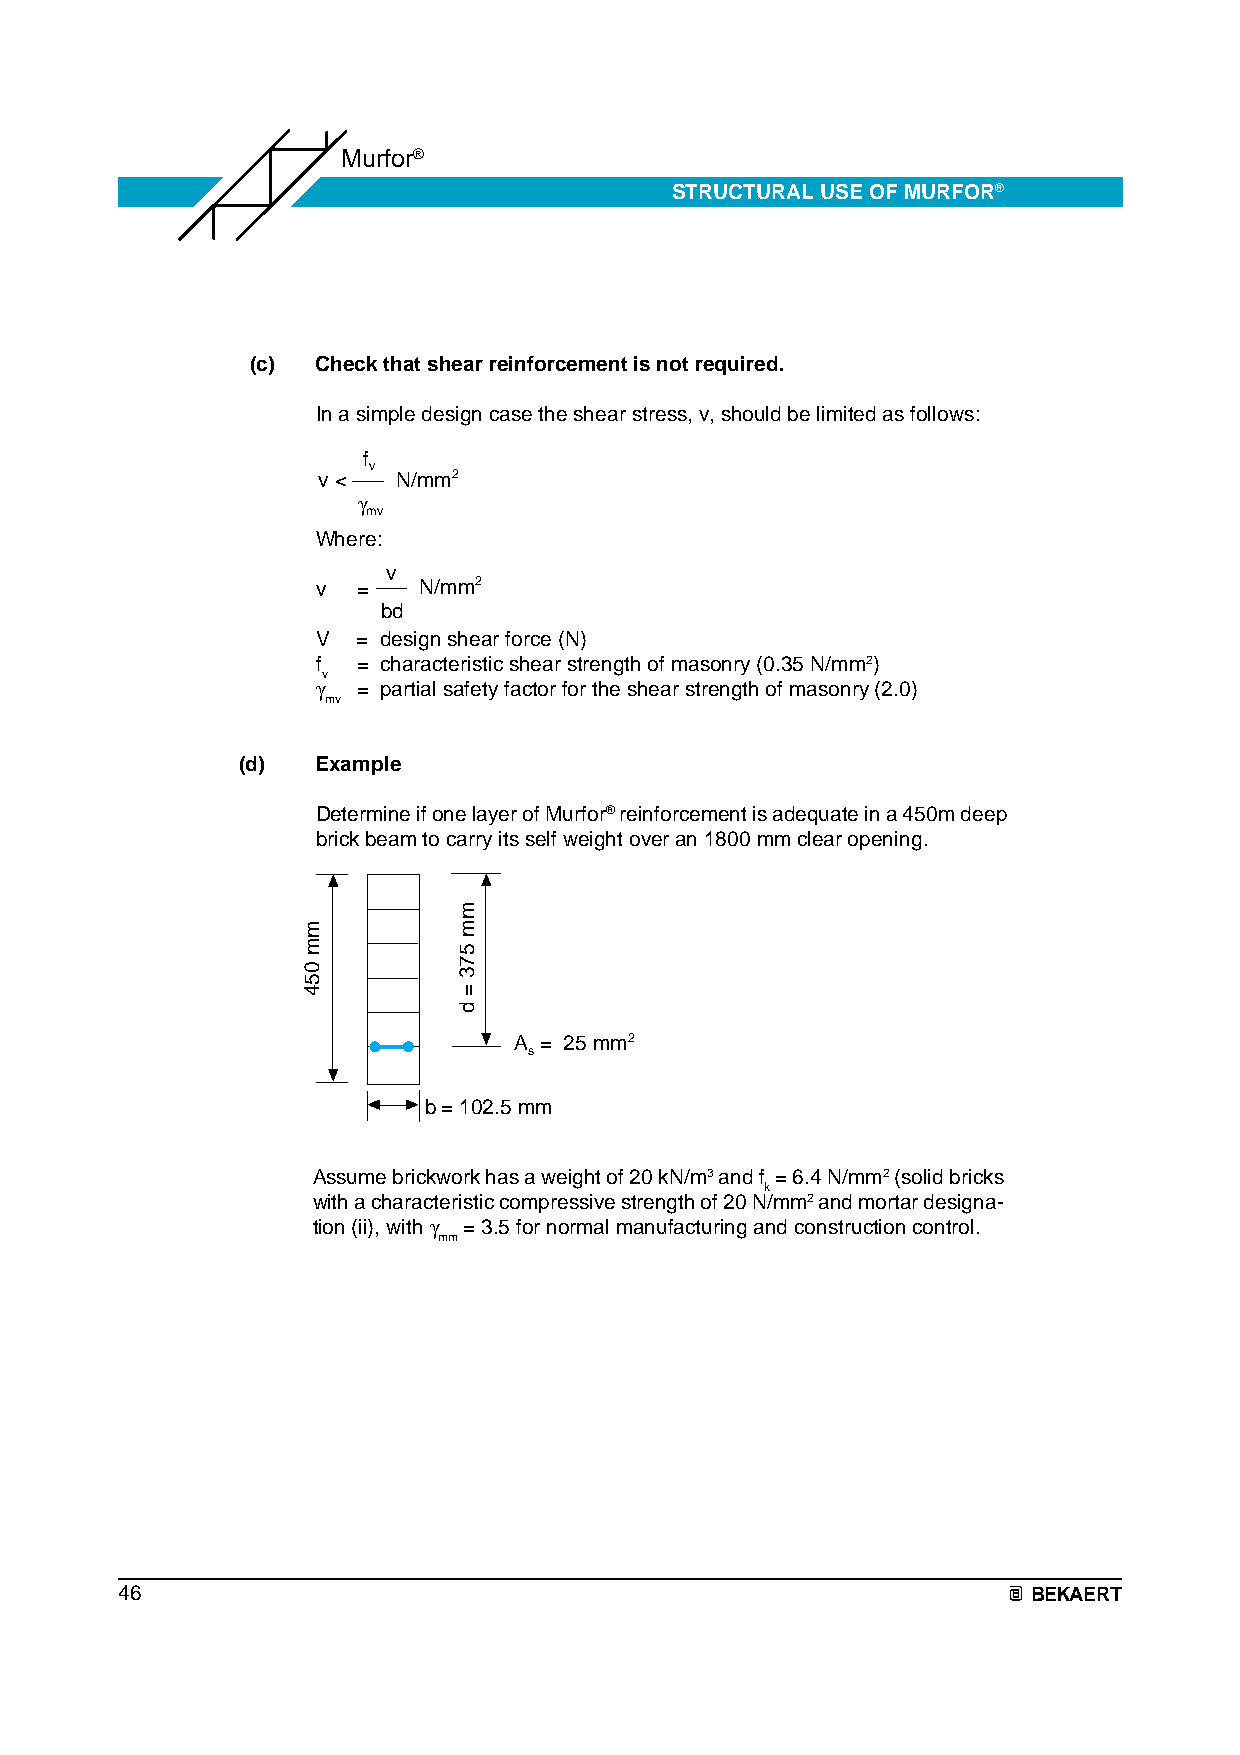
Murfor®
 STRUCTURAL USE OF MURFOR®
 (c) Check that shear reinforcement is not required.
 In a simple design case the shear stress, v, should be limited as follows:
 f
 v
 v <  N/mm2
 γ
 mv
 Where:
 v
 v  =   N/mm2
 bd
 V  = design shear force (N)
 f  = characteristic shear strength of masonry (0.35 N/mm2)
 v
 γ  = partial safety factor for the shear strength of masonry (2.0)
 mv
 (d)  Example
 Determine if one layer of Murfor® reinforcement is adequate in a 450m deep
 brick beam to carry its self weight over an 1800 mm clear opening.
 A = 25 mm2
 s
 b = 102.5 mm
 Assume brickwork has a weight of 20 kN/m3 and f = 6.4 N/mm2 (solid bricks
 k
 with a characteristic compressive strength of 20 N/mm2 and mortar designa-
 tion (ii), with γ = 3.5 for normal manufacturing and construction control.
 mm
 46                                                          BEKAERT
 mm
 054
 mm
 573
 =
 d